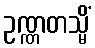
ဥဏ္ဏတသ္မိံ